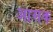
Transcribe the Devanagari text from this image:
आसक